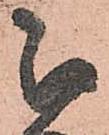
被